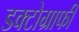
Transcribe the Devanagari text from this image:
डक्टोग्राफी